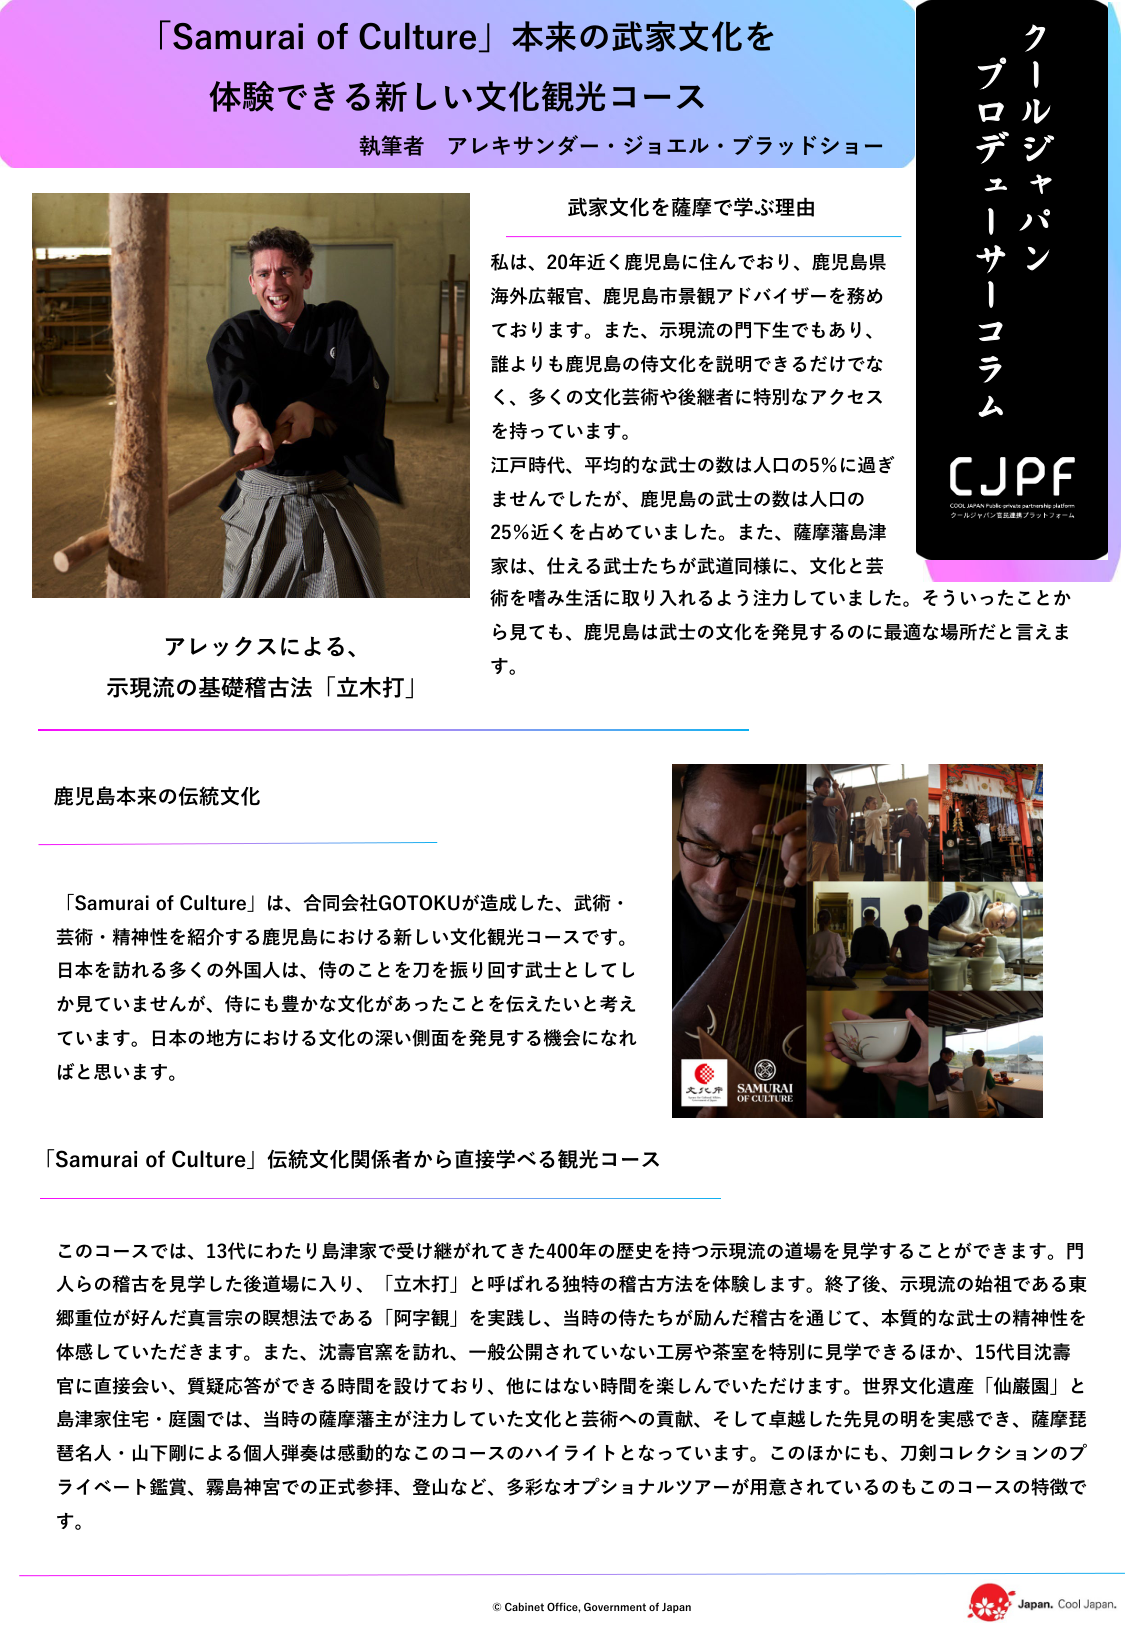
「Samurai of Culture」本来の武家文化を
体験できる新しい文化観光コース
執筆者 アレキサンダー・ジョエル・ブラッドショー

武家文化を薩摩で学ぶ理由
私は、20年近く鹿児島に住んでおり、鹿児島県
海外広報官、鹿児島市景観アドバイザーを務め
ております。また、示現流の門下生でもあり、
誰よりも鹿児島の侍文化を説明できるだけでな
く、多くの文化芸術や後継者に特別なアクセス
を持っています。
江戸時代、平均的な武士の数は人口の5％に過ぎ
ませんでしたが、鹿児島の武士の数は人口の
25％近くを占めていました。また、薩摩藩島津
家は、仕える武士たちが武道同様に、文化と芸
術を嗜み生活に取り入れるよう注力していました。そういったことか
ら見ても、鹿児島は武士の文化を発見するのに最適な場所だと言えま
す。

アレックスによる、
示現流の基礎稽古法「立木打」

鹿児島本来の伝統文化
「Samurai of Culture」は、合同会社GOTOKUが造成した、武術・
芸術・精神性を紹介する鹿児島における新しい文化観光コースです。
日本を訪れる多くの外国人は、侍のことを刀を振り回す武士としてし
か見ていませんが、侍にも豊かな文化があったことを伝えたいと考え
ています。日本の地方における文化の深い側面を発見する機会になれ
ばと思います。

「Samurai of Culture」伝統文化関係者から直接学べる観光コース
このコースでは、13代にわたり島津家で受け継がれてきた400年の歴史を持つ示現流の道場を見学することができます。門
人らの稽古を見学した後道場に入り、「立木打」と呼ばれる独特の稽古方法を体験します。終了後、示現流の始祖である東
郷重位が好んだ真言宗の瞑想法である「阿字観」を実践し、当時の侍たちが励んだ稽古を通じて、本質的な武士の精神性を
体感していただきます。また、沈壽官宅を訪れ、一般公開されていない工房や茶室を特別に見学できるほか、15代目沈壽
官に直接会い、質疑応答ができる時間を設けており、他にはない時間を楽しんでいただけます。世界文化遺産「仙巌園」と
島津家住宅・庭園では、当時の薩摩藩主が注力していた文化と芸術への貢献、そして卓越した先見の明を実感でき、薩摩琵
琶名人・山下剛による個人弾奏は感動的なこのコースのハイライトとなっています。このほかにも、刀剣コレクションのプ
ライベート鑑賞、霧島神宮での正式参拝、登山など、多彩なオプショナルツアーが用意されているのもこのコースの特徴で
す。

クールジャパン
プロデューサーコラム
CJPF
COOL JAPAN Public-private partnership platform
クールジャパン官民連携プラットフォーム

© Cabinet Office, Government of Japan
Japan. Cool Japan.